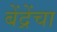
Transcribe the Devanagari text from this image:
बेंद्रेंचा